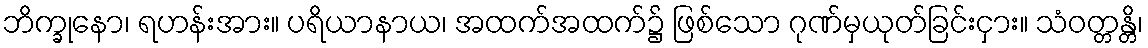
ဘိက္ခုနော၊ ရဟန်းအား။ ပရိယာနာယ၊ အထက်အထက်၌ ဖြစ်သော ဂုဏ်မှယုတ်ခြင်းငှား။ သံဝတ္တန္တိ၊